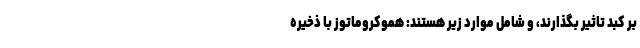
بر کبد تاثیر بگذارند، و شامل موارد زیر هستند: هموکروماتوز با ذخیره